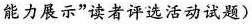
能力展示”读者评选活动试题)